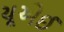
યૂએઈ